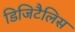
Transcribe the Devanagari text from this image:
डिजिटैलिस